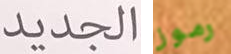
الجديد رموز